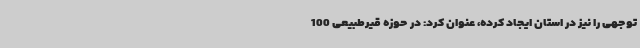
توجهی را نیز در استان ایجاد کرده، عنوان کرد: در حوزه قیرطبیعی 100